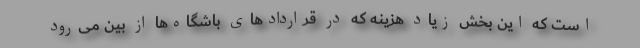
است که این بخش زیاد هزینه که در قراردادهای باشگاه‌ها از بین می‌رود